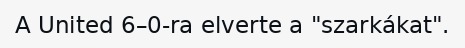
A United 6–0-ra elverte a "szarkákat".